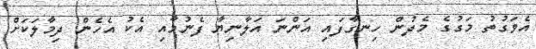
އެވަގުތު މަގުގެ މެދުން ހިނގާފައި އަންނަ އަލާނިޔާ ފެނުމާއި އެކު އެހެން ދިމާލަކަށް